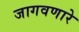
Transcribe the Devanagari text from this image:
जागवणारे